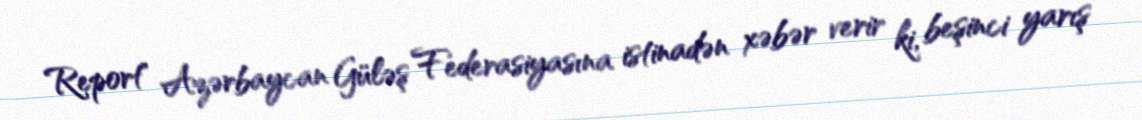
Report" Azərbaycan Güləş Federasiyasına istinadən xəbər verir ki, beşinci yarış